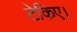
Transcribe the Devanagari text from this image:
टेकिए।